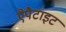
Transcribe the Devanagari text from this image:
ऐपैटाइट